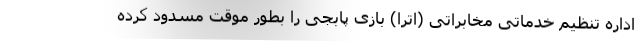
اداره تنظیم خدماتی مخابراتی (اترا) بازی پابجی را بطور موقت مسدود کرده